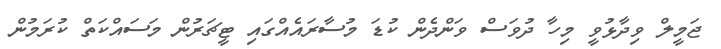
ޖަމީލް ވިދާޅުވީ މިހާ ދުވަސް ވަންދެން ކުޑަ މުސާރައެއްގައި ޓީޗަރުން މަސައްކަތް ކުރަމުން